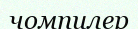
чомпилер